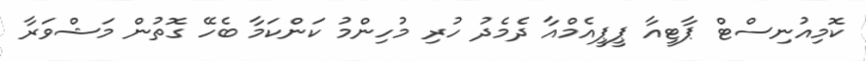
ކޮމިއުނިސްޓް ޕާޓީއާ ޕީޕީއެމްއާ ދެމެދު ހުރި މުހިންމު ކަންކަމާ ބެހޭ ގޮތުން މަޝްވަރާ